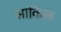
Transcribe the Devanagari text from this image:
साकिल